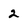
Character: 2